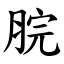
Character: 脘